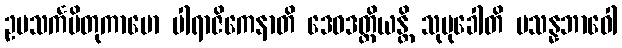
ဥပသင်္ကမိတုကာမော ပါရာဇိကေနာတိ ဒေဝဒတ္တိယန္တိ သုမုခေါတိ ပသန္နဘာဝေါ